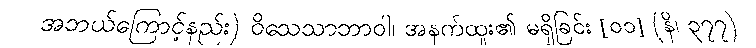
အဘယ်ကြောင့်နည်း) ဝိသေသာဘာဝါ၊ အနက်ထူး၏ မရှိခြင်း [၀၁] (နိ၊ ၃၇၇)